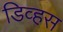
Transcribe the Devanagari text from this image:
डिव्हस